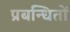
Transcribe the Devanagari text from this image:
प्रबन्धितों